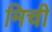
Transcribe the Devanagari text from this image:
मिची